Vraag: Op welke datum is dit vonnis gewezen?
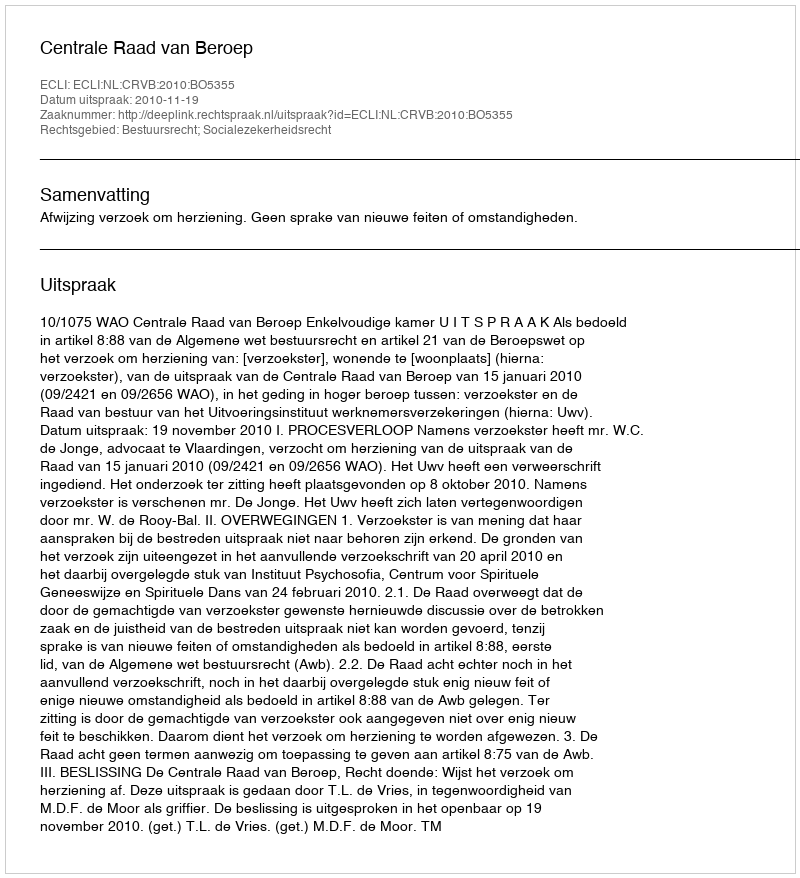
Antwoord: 2010-11-19